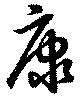
康